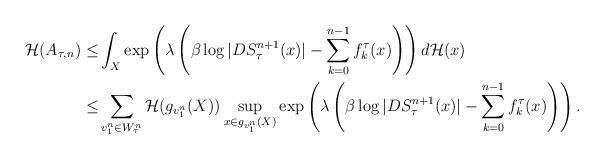
LaTeX: \begin{align*}\mathcal{H}(A_{\tau,n})\le&\int_X \exp\left(\lambda \left (\beta \log |DS^{n+1}_\tau(x)|-\sum_{k=0}^{n-1}f_k^\tau(x)\right)\right)d \mathcal{H}(x)\\\le& \sum_{v_1^n\in W_\tau^n} \mathcal{H}(g_{v_1^n}(X))\sup_{x\in g_{v_1^n}(X)}\exp\left(\lambda \left (\beta \log |DS^{n+1}_\tau(x)|-\sum_{k=0}^{n-1}f_k^\tau(x)\right)\right).\end{align*}